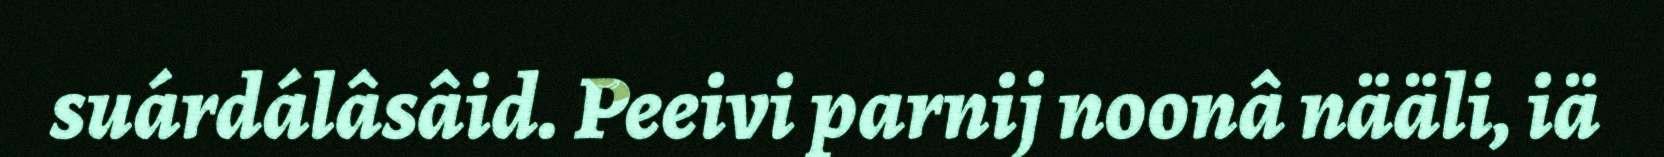
suárdálâsâid. Peeivi parnij noonâ nääli, iä